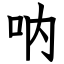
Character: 呐